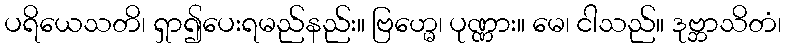
ပရိယေသတိ၊ ရှာ၍ပေးရမည်နည်း။ ဗြဟ္မေ၊ ပုဏ္ဏား။ မေ၊ ငါသည်။ ဒုဗ္ဘာသိတံ၊